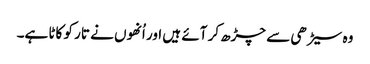
وہ سیڑھی سے چڑھ کر آئے ہیں اور اُنھوں نے تار کو کاٹا ہے۔